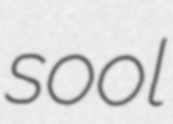
sool